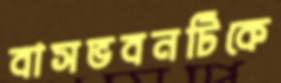
বাসভবনটিকে